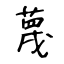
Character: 蔑